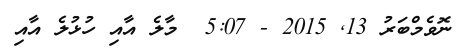
ނޮވެމްބަރު 13